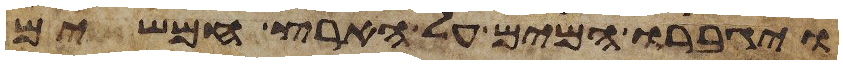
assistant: ויגברו המים על הארץ חמשים